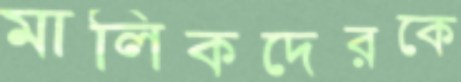
মালিকদেরকে